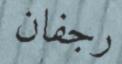
رجفان